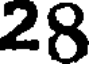
28